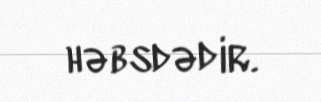
həbsdədir.